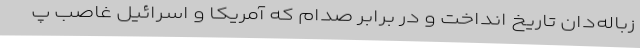
زباله‌دان تاریخ انداخت و در برابر صدام که آمریکا و اسرائیل غاصب پ